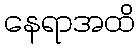
နေရာအထိ